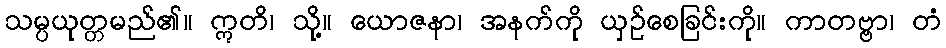
သမ္ပယုတ္တမည်၏။ ဣတိ၊ သို့။ ယောဇနာ၊ အနက်ကို ယှဉ်စေခြင်းကို။ ကာတဗ္ဗာ၊ တံ